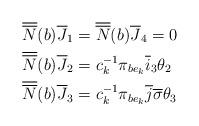
LaTeX: \begin{align*}\overline{\overline{N}}(b)\overline{J}_{1}&=\overline{\overline{N}}(b)\overline{J}_{4}=0 \\\overline{\overline{N}}(b)\overline{J}_{2}&=c_{k}^{-1} \pi_{be_{k}}\overline{i}_{3} \theta_{2} \\\overline{\overline{N}}(b)\overline{J}_{3}&=c_{k}^{-1} \pi_{be_{k}} \overline{j} \overline{\sigma} \theta_{3}\end{align*}